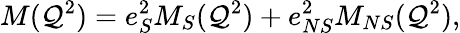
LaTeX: M(\mathcal{Q}^{2})=e_{S}^{2}M_{S}(\mathcal{Q}^{2})+e_{NS}^{2}M_{NS}(\mathcal{Q}^{2}),